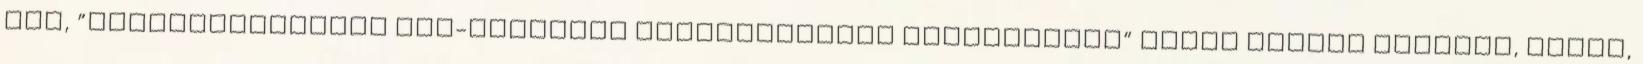
USA, ”Neuronhálózatok nem-lineáris aktivitásának azonosítása” Szűcs Attila Parpala, Laura,